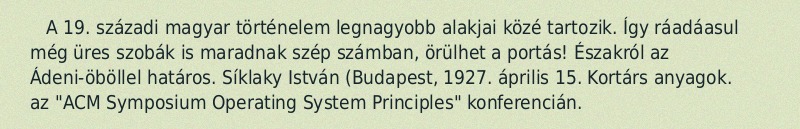
A 19. századi magyar történelem legnagyobb alakjai közé tartozik. Így ráadáasul még üres szobák is maradnak szép számban, örülhet a portás! Északról az Ádeni-öböllel határos. Síklaky István (Budapest, 1927. április 15. Kortárs anyagok. az "ACM Symposium Operating System Principles" konferencián.